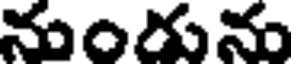
నుంరును